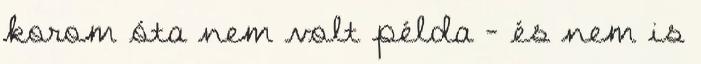
korom óta nem volt példa – és nem is